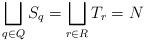
LaTeX: \begin{align*}\bigsqcup_{q \in Q} S_q = \bigsqcup_{r \in R} T_r=N\end{align*}